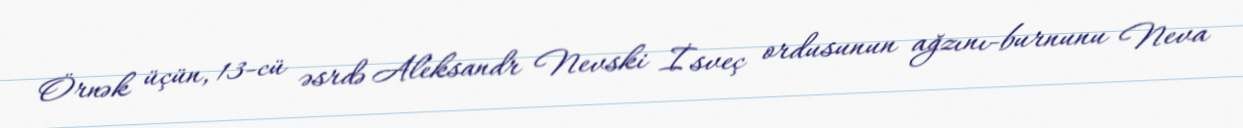
Örnək üçün, 13-cü əsrdə Aleksandr Nevski İsveç ordusunun ağzını-burnunu Neva